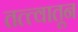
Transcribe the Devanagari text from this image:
तत्त्वातून